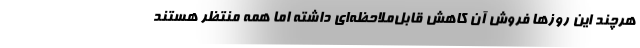
هرچند این روزها فروش آن کاهش قابل‌ملاحظه‌ای داشته اما همه منتظر هستند